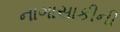
નાગાસાકીની